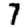
Digit: 7